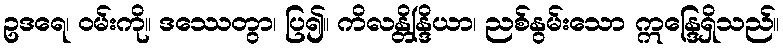
ဥဒရေ၊ ဝမ်းကို။ ဒဿေတွာ၊ ပြ၍။ ကိလန္တိန္ဒြိယာ၊ ညစ်နွမ်းသော ဣန္ဒြေရှိသည်။